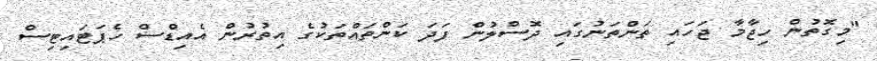
"މިގޮތުން ހިޖާމާ ޖަހައި ތަންތަނުގައި ދޮސްލުން ފަދަ ކަންތައްތަކުގެ އިތުރުން އެއިޑްސް ހެޕަޓައިޓިސް